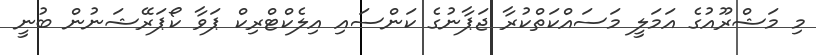
މި މަޝްރޫއުގެ އަމަލީ މަސައްކަތްކުރާ ޖަޕާނުގެ ކަންސައި އިލެކްޓްރިކް ޕަވާ ކޯޕަރޭޝަނުން ބުނީ